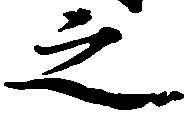
之